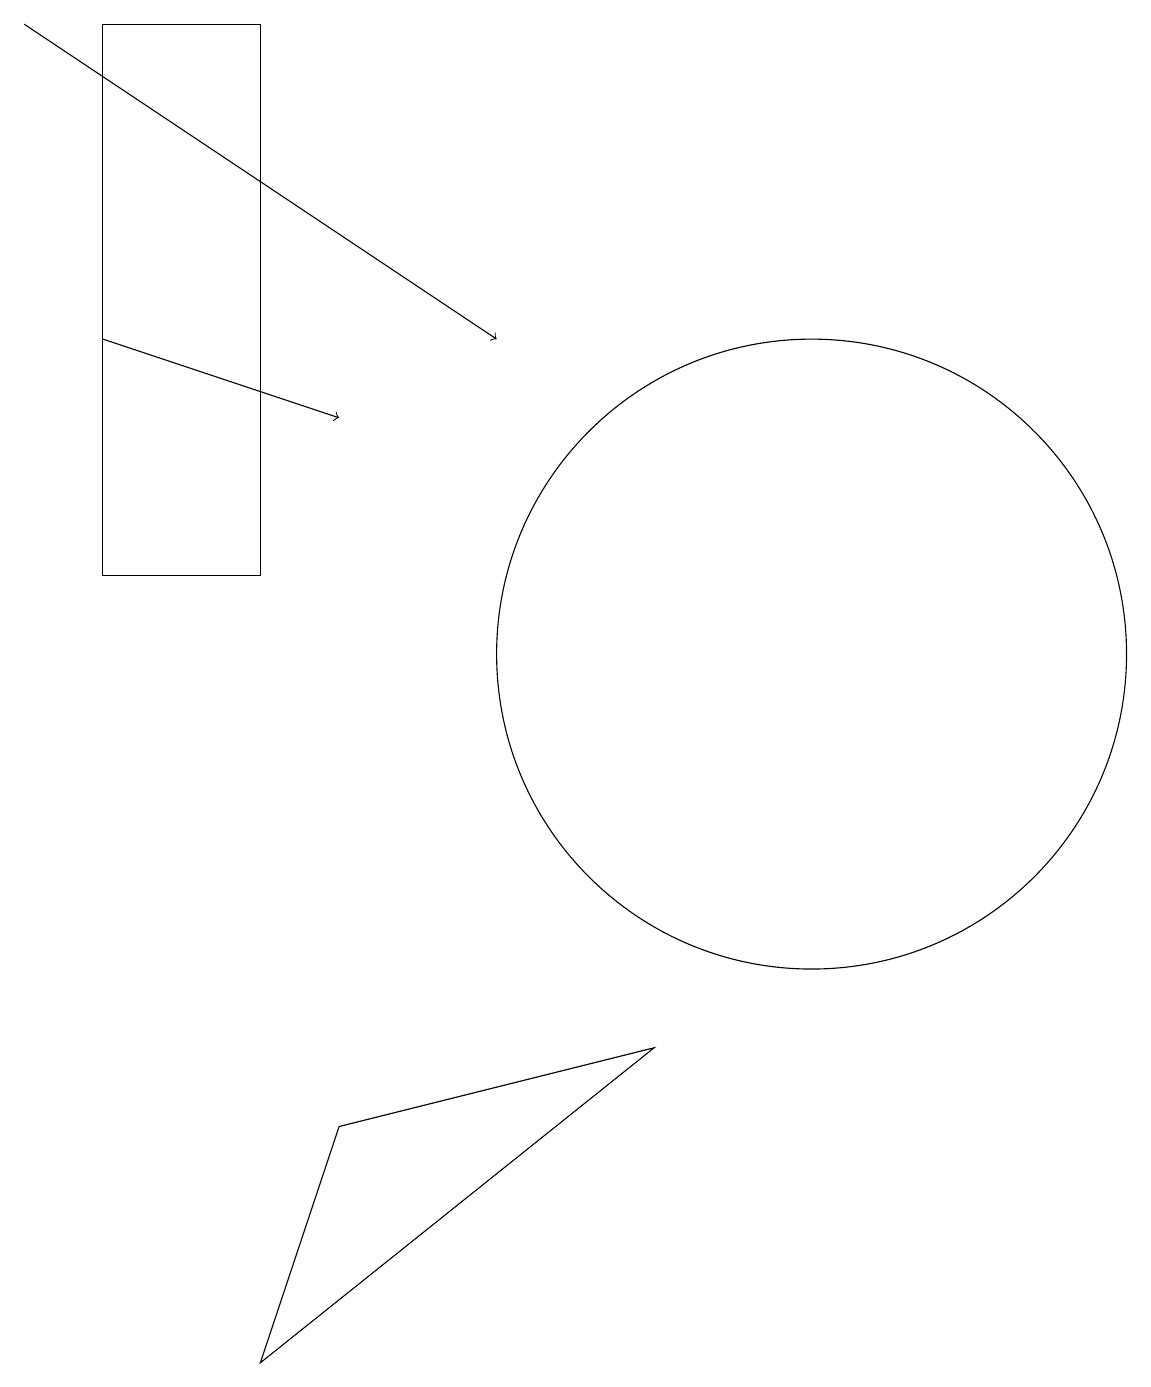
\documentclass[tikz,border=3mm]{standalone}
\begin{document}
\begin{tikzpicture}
\draw[->] (1,14) -- (4,13);
\draw[->] (0,18) -- (6,14);
\draw (8,5) -- (3,1) -- (4,4) -- cycle;
\draw (1,18) rectangle (3,11);
\draw (10,10) circle (4);
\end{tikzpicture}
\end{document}